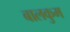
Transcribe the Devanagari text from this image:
बालकुम